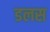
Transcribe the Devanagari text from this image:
डलस